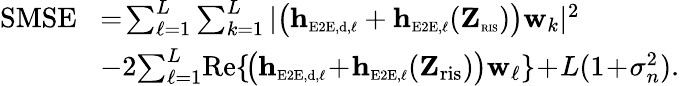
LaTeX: \begin{array}{rl}{\mathrm{SMSE}\! }&{=\! \sum_{\ell=1}^{L}\sum_{k=1}^{L}|\big(\mathbf{h}_{\scriptscriptstyle\mathrm{E2E},\scriptscriptstyle\mathrm{d},\ell}+\mathbf{h}_{\scriptscriptstyle\mathrm{E2E},\ell}(\mathbf{Z}_{\textnormal{\tiny{RIS}}})\big)\mathbf{w}_{k}|^{2}}\\ &{-2\! \sum_{\ell=1}^{L}\! \mathrm{Re}\{ \! \big(\mathbf{h}_{\scriptscriptstyle\mathrm{E2E},\scriptscriptstyle\mathrm{d},\ell}\! +\! \mathbf{h}_{\scriptscriptstyle\mathrm{E2E},\ell}(\mathbf{Z}_{\mathrm{ris}})\big)\mathbf{w}_{\ell}\} \! +\! L(1\! +\! \sigma_{n}^{2}).}\end{array}